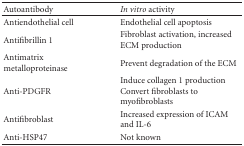
<table><thead><tr><td><b>Autoantibody</b></td><td><b><i>In vitro</i> activity</b></td></tr></thead><tbody><tr><td>Antiendothelial cell</td><td>Endothelial cell apoptosis</td></tr><tr><td>Antifibrillin 1</td><td>Fibroblast activation, increased ECM production</td></tr><tr><td>Antimatrix metalloproteinase</td><td>Prevent degradation of the ECM</td></tr><tr><td>Anti-PDGFR</td><td>Induce collagen 1 production Convert fibroblasts to myofibroblasts</td></tr><tr><td>Antifibroblast</td><td>Increased expression of ICAM and IL-6</td></tr><tr><td>Anti-HSP47</td><td>Not known</td></tr></tbody></table>